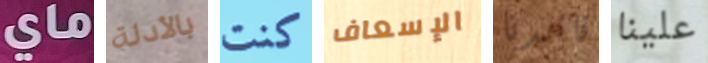
ماي بالأدلة كنت الإسعاف قائدنا علينا